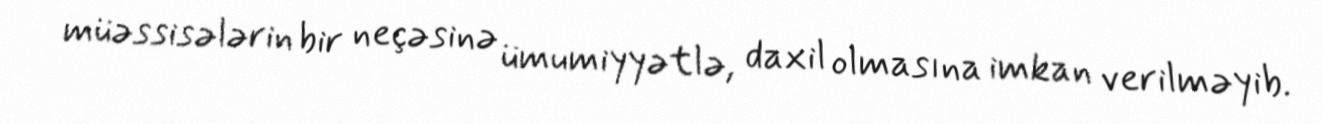
müəssisələrin bir neçəsinə ümumiyyətlə, daxil olmasına imkan verilməyib.